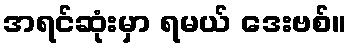
အရင်ဆုံးမှာ ရမယ် ဒေးဗစ်။